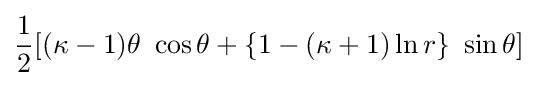
{\frac {1}{2}}[(\kappa -1)\theta ~\cos \theta +\{1-(\kappa +1)\ln r\}~\sin \theta ]